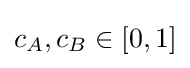
c_{A},c_{B}\in [0,1]